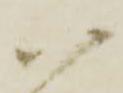
ハ